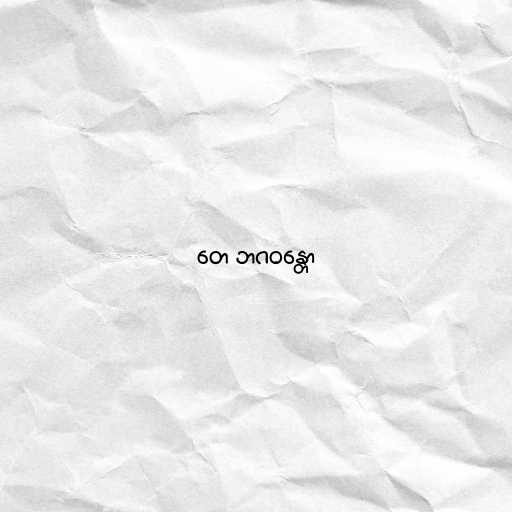
တေ ဘဂဝန္တော